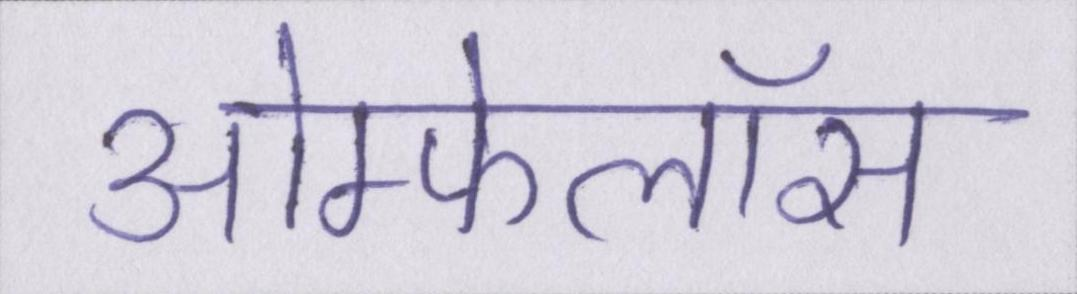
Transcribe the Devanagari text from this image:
ओम्फेलॉस